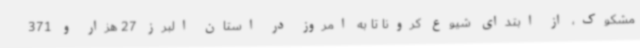
مشکوک، از ابتدای شیوع کرونا تا به امروز در استان البرز 27 هزار و 371